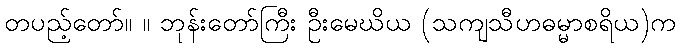
တပည့်တော်။ ။ ဘုန်းတော်ကြီး ဦးမေဃိယ (သကျသီဟဓမ္မာစရိယ)က